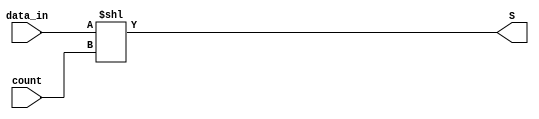
module shift_left 
(
    input   [27:0]  data_in,  
    input   [4:0]   count,
    output  [27:0]  S
);
    
    assign S = data_in << count;

endmodule //shift_left